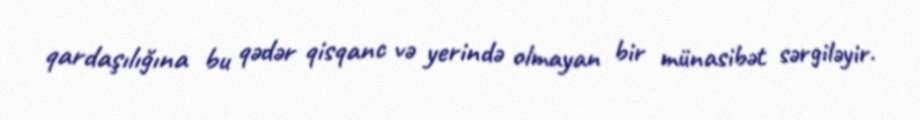
qardaşılığına bu qədər qisqanc və yerində olmayan bir münasibət sərgiləyir.